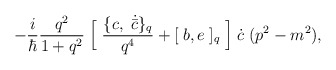
\begin{align*}-\frac{i}{\hbar} \frac{q^2}{1+q^2}\;\Bigl [\; \frac {\{ c, \;\dot {\bar c} \}_{q}}{q^4} + [\;b,e\;]_{q} \;\Bigr ]\;\dot c\; (p^2 - m^2),\end{align*}